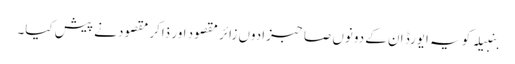
بنبیلہ کو یہ ایورڈ ان کے دونوں صاحبزادوں زائر مقصود اور ذاکر مقصود نے پیش کیا۔